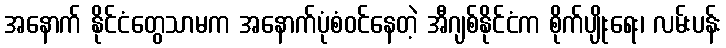
အနောက် နိုင်ငံတွေသာမက အနောက်ပုံစံဝင်နေတဲ့ အီဂျစ်နိုင်ငံက စိုက်ပျိုးရေး၊ လမ်းပန်း